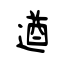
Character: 遒